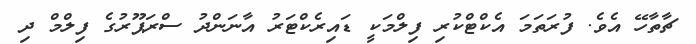
ޗާތާހޭ އެވެ. ފުރަތަމަ އެކްޓްކުރި ފިލްމަކީ ޑައިރެކްޓަރު އާނަންދު ސްރަޕޫރުގެ ފިލްމް ދި